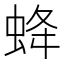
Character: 𧊵